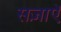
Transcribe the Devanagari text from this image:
सज़ाएॅ